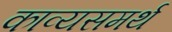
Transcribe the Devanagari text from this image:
काव्यसमर्थ